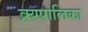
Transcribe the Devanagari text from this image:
क्र्यपालिका